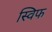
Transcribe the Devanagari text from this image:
स्विफ